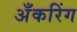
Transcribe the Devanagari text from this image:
अँकरिंग